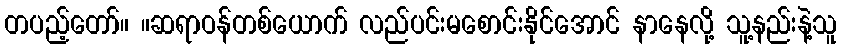
တပည့်တော်။ ။ဆရာဝန်တစ်ယောက် လည်ပင်းမစောင်းနိုင်အောင် နာနေလို့ သူ့နည်းနဲ့သူ